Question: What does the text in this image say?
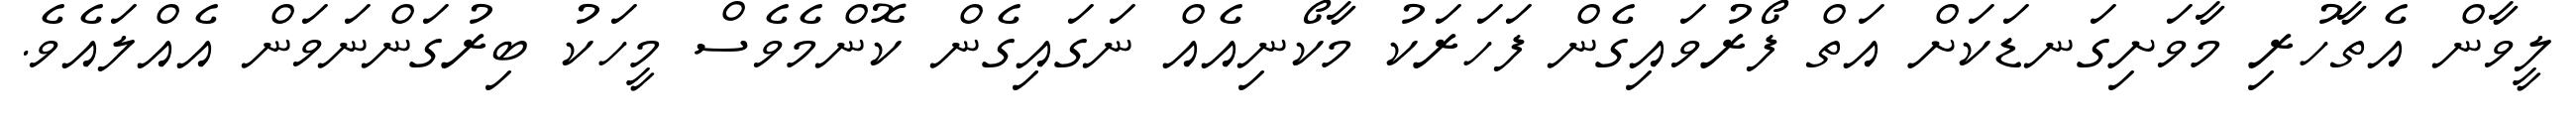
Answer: ލީވާން އެތާހުރި މާވަށިގަނޑަކަށް އަތް ފޯރުވައިގެން ފަހަރަކު މާކޯނިއެއް ނަގައިގެން ކޮންމެވެސް މީހަކު ބިރުގަންނަވަން އެއްލައެވެ.